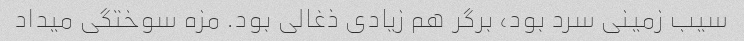
سیب زمینی سرد بود، برگر هم زیادی ذغالی بود. مزه سوختگی میداد